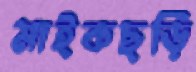
মাইকছড়ি